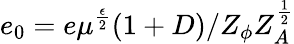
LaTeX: e_{0}=e\mu^{\frac{\epsilon}{2}}(1+D)/Z_{\phi}Z_{A}^{\frac{1}{2}}